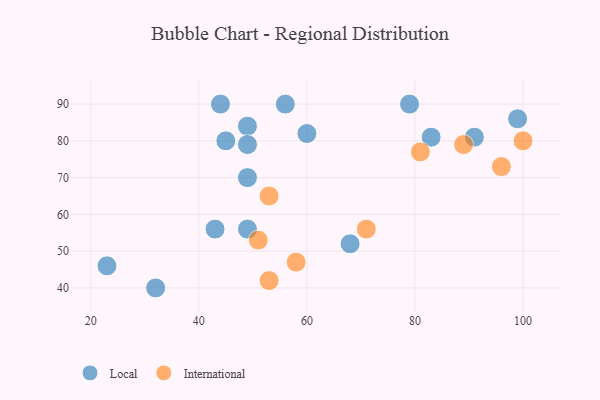
{"axis": {"x": "GDP", "y": "Life Expectancy"}, "legend": ["International", "Local"], "data": [{"x": "68", "y": 52, "type": "Local"}, {"x": "44", "y": 90, "type": "Local"}, {"x": "49", "y": 56, "type": "Local"}, {"x": "60", "y": 82, "type": "Local"}, {"x": "23", "y": 46, "type": "Local"}, {"x": "83", "y": 81, "type": "Local"}, {"x": "45", "y": 80, "type": "Local"}, {"x": "49", "y": 84, "type": "Local"}, {"x": "49", "y": 70, "type": "Local"}, {"x": "56", "y": 90, "type": "Local"}, {"x": "32", "y": 40, "type": "Local"}, {"x": "79", "y": 90, "type": "Local"}, {"x": "99", "y": 86, "type": "Local"}, {"x": "49", "y": 79, "type": "Local"}, {"x": "43", "y": 56, "type": "Local"}, {"x": "91", "y": 81, "type": "Local"}, {"x": "71", "y": 56, "type": "International"}, {"x": "53", "y": 42, "type": "International"}, {"x": "53", "y": 65, "type": "International"}, {"x": "81", "y": 77, "type": "International"}, {"x": "89", "y": 79, "type": "International"}, {"x": "51", "y": 53, "type": "International"}, {"x": "96", "y": 73, "type": "International"}, {"x": "100", "y": 80, "type": "International"}, {"x": "58", "y": 47, "type": "International"}]}